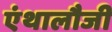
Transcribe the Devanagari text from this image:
एंथालौजी